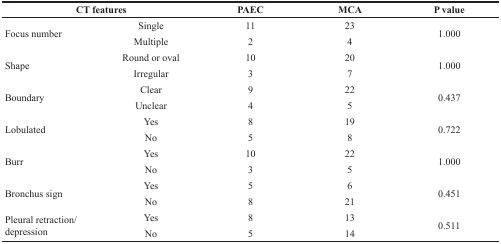
<table><thead><tr><td colspan="2"><b>CT features</b></td><td><b>PAEC</b></td><td><b>MCA</b></td><td><b>P value</b></td></tr></thead><tbody><tr><td rowspan="2">Focus number</td><td>Single</td><td>11</td><td>23</td><td rowspan="2">1.000</td></tr><tr><td>Multiple</td><td>2</td><td>4</td></tr><tr><td rowspan="2">Shape</td><td>Round or oval</td><td>10</td><td>20</td><td rowspan="2">1.000</td></tr><tr><td>Irregular</td><td>3</td><td>7</td></tr><tr><td rowspan="2">Boundary</td><td>Clear</td><td>9</td><td>22</td><td rowspan="2">0.437</td></tr><tr><td>Unclear</td><td>4</td><td>5</td></tr><tr><td rowspan="2">Lobulated</td><td>Yes</td><td>8</td><td>19</td><td rowspan="2">0.722</td></tr><tr><td>No</td><td>5</td><td>8</td></tr><tr><td rowspan="2">Burr</td><td>Yes</td><td>10</td><td>22</td><td rowspan="2">1.000</td></tr><tr><td>No</td><td>3</td><td>5</td></tr><tr><td rowspan="2">Bronchus sign</td><td>Yes</td><td>5</td><td>6</td><td rowspan="2">0.451</td></tr><tr><td>No</td><td>8</td><td>21</td></tr><tr><td rowspan="2">Pleural retraction/ depression</td><td>Yes</td><td>8</td><td>13</td><td rowspan="2">0.511</td></tr><tr><td>No</td><td>5</td><td>14</td></tr></tbody></table>